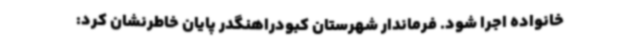
خانواده اجرا شود. فرماندار شهرستان کبودراهنگدر پایان خاطرنشان کرد: